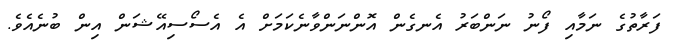
ފަރާތުގެ ނަމާއި ފޯނު ނަންބަރު އެނގެން އޮންނަންވާނެކަމަށް އެ އެސޯސިއޭޝަން އިން ބުނެއެވެ.